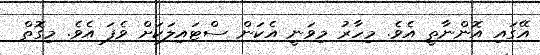
އޭގައި އޮންނާތީ އެވެ. މިހާރު މިވަނީ އެކަން ސްޓައިލަކަށް ވެފަ އެވެ. މިގޮތް